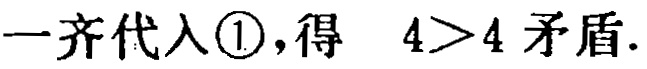
一齐代入\textcircled{1},得 \(4>4\) 矛盾.